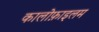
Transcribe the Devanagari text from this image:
कालोफ़ाइलम